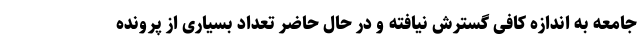
جامعه به اندازه کافی گسترش نیافته و در حال حاضر تعداد بسیاری از پرونده